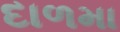
દાળમા